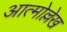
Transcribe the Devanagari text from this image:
आत्मोल्लेख